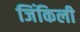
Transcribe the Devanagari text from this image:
जिंकिली